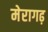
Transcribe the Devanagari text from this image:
मेरागढ़